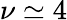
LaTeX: \nu\simeq 4